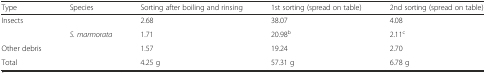
<table><thead><tr><td><b>Type</b></td><td><b>Species</b></td><td><b>Sorting after boiling and rinsing</b></td><td><b>1st sorting (spread on table)</b></td><td><b>2nd sorting (spread on table)</b></td></tr></thead><tbody><tr><td>Insects</td><td></td><td>2.68</td><td>38.07</td><td>4.08</td></tr><tr><td></td><td><i>S. marmorata</i></td><td>1.71</td><td>20.98<sup>b</sup></td><td>2.11<sup>c</sup></td></tr><tr><td>Other debris</td><td></td><td>1.57</td><td>19.24</td><td>2.70</td></tr><tr><td>Total</td><td></td><td>4.25 g</td><td>57.31 g</td><td>6.78 g</td></tr></tbody></table>